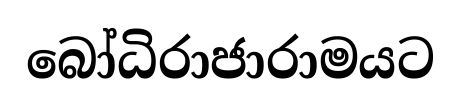
බෝධිරාජාරාමයට